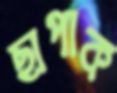
ছাপাক